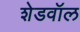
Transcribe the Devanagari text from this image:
शेडवॉल